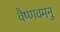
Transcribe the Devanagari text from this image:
वैष्णवमनु